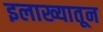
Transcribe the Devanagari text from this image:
इलाख्यातून